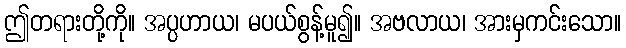
ဤတရားတို့ကို။ အပ္ပဟာယ၊ မပယ်စွန့်မူ၍။ အဗလာယ၊ အားမှကင်းသော။